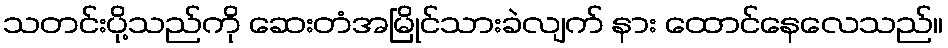
သတင်းပို့သည်ကို ဆေးတံအမြိုင်သားခဲလျက် နား ထောင်နေလေသည်။